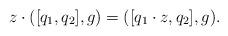
LaTeX: \begin{align*}z \cdot ([q_1, q_2], g) = ([q_1 \cdot z, q_2], g).\end{align*}